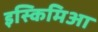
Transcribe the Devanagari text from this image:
इस्किमिआ